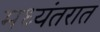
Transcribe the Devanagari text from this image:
मध्यंतरात